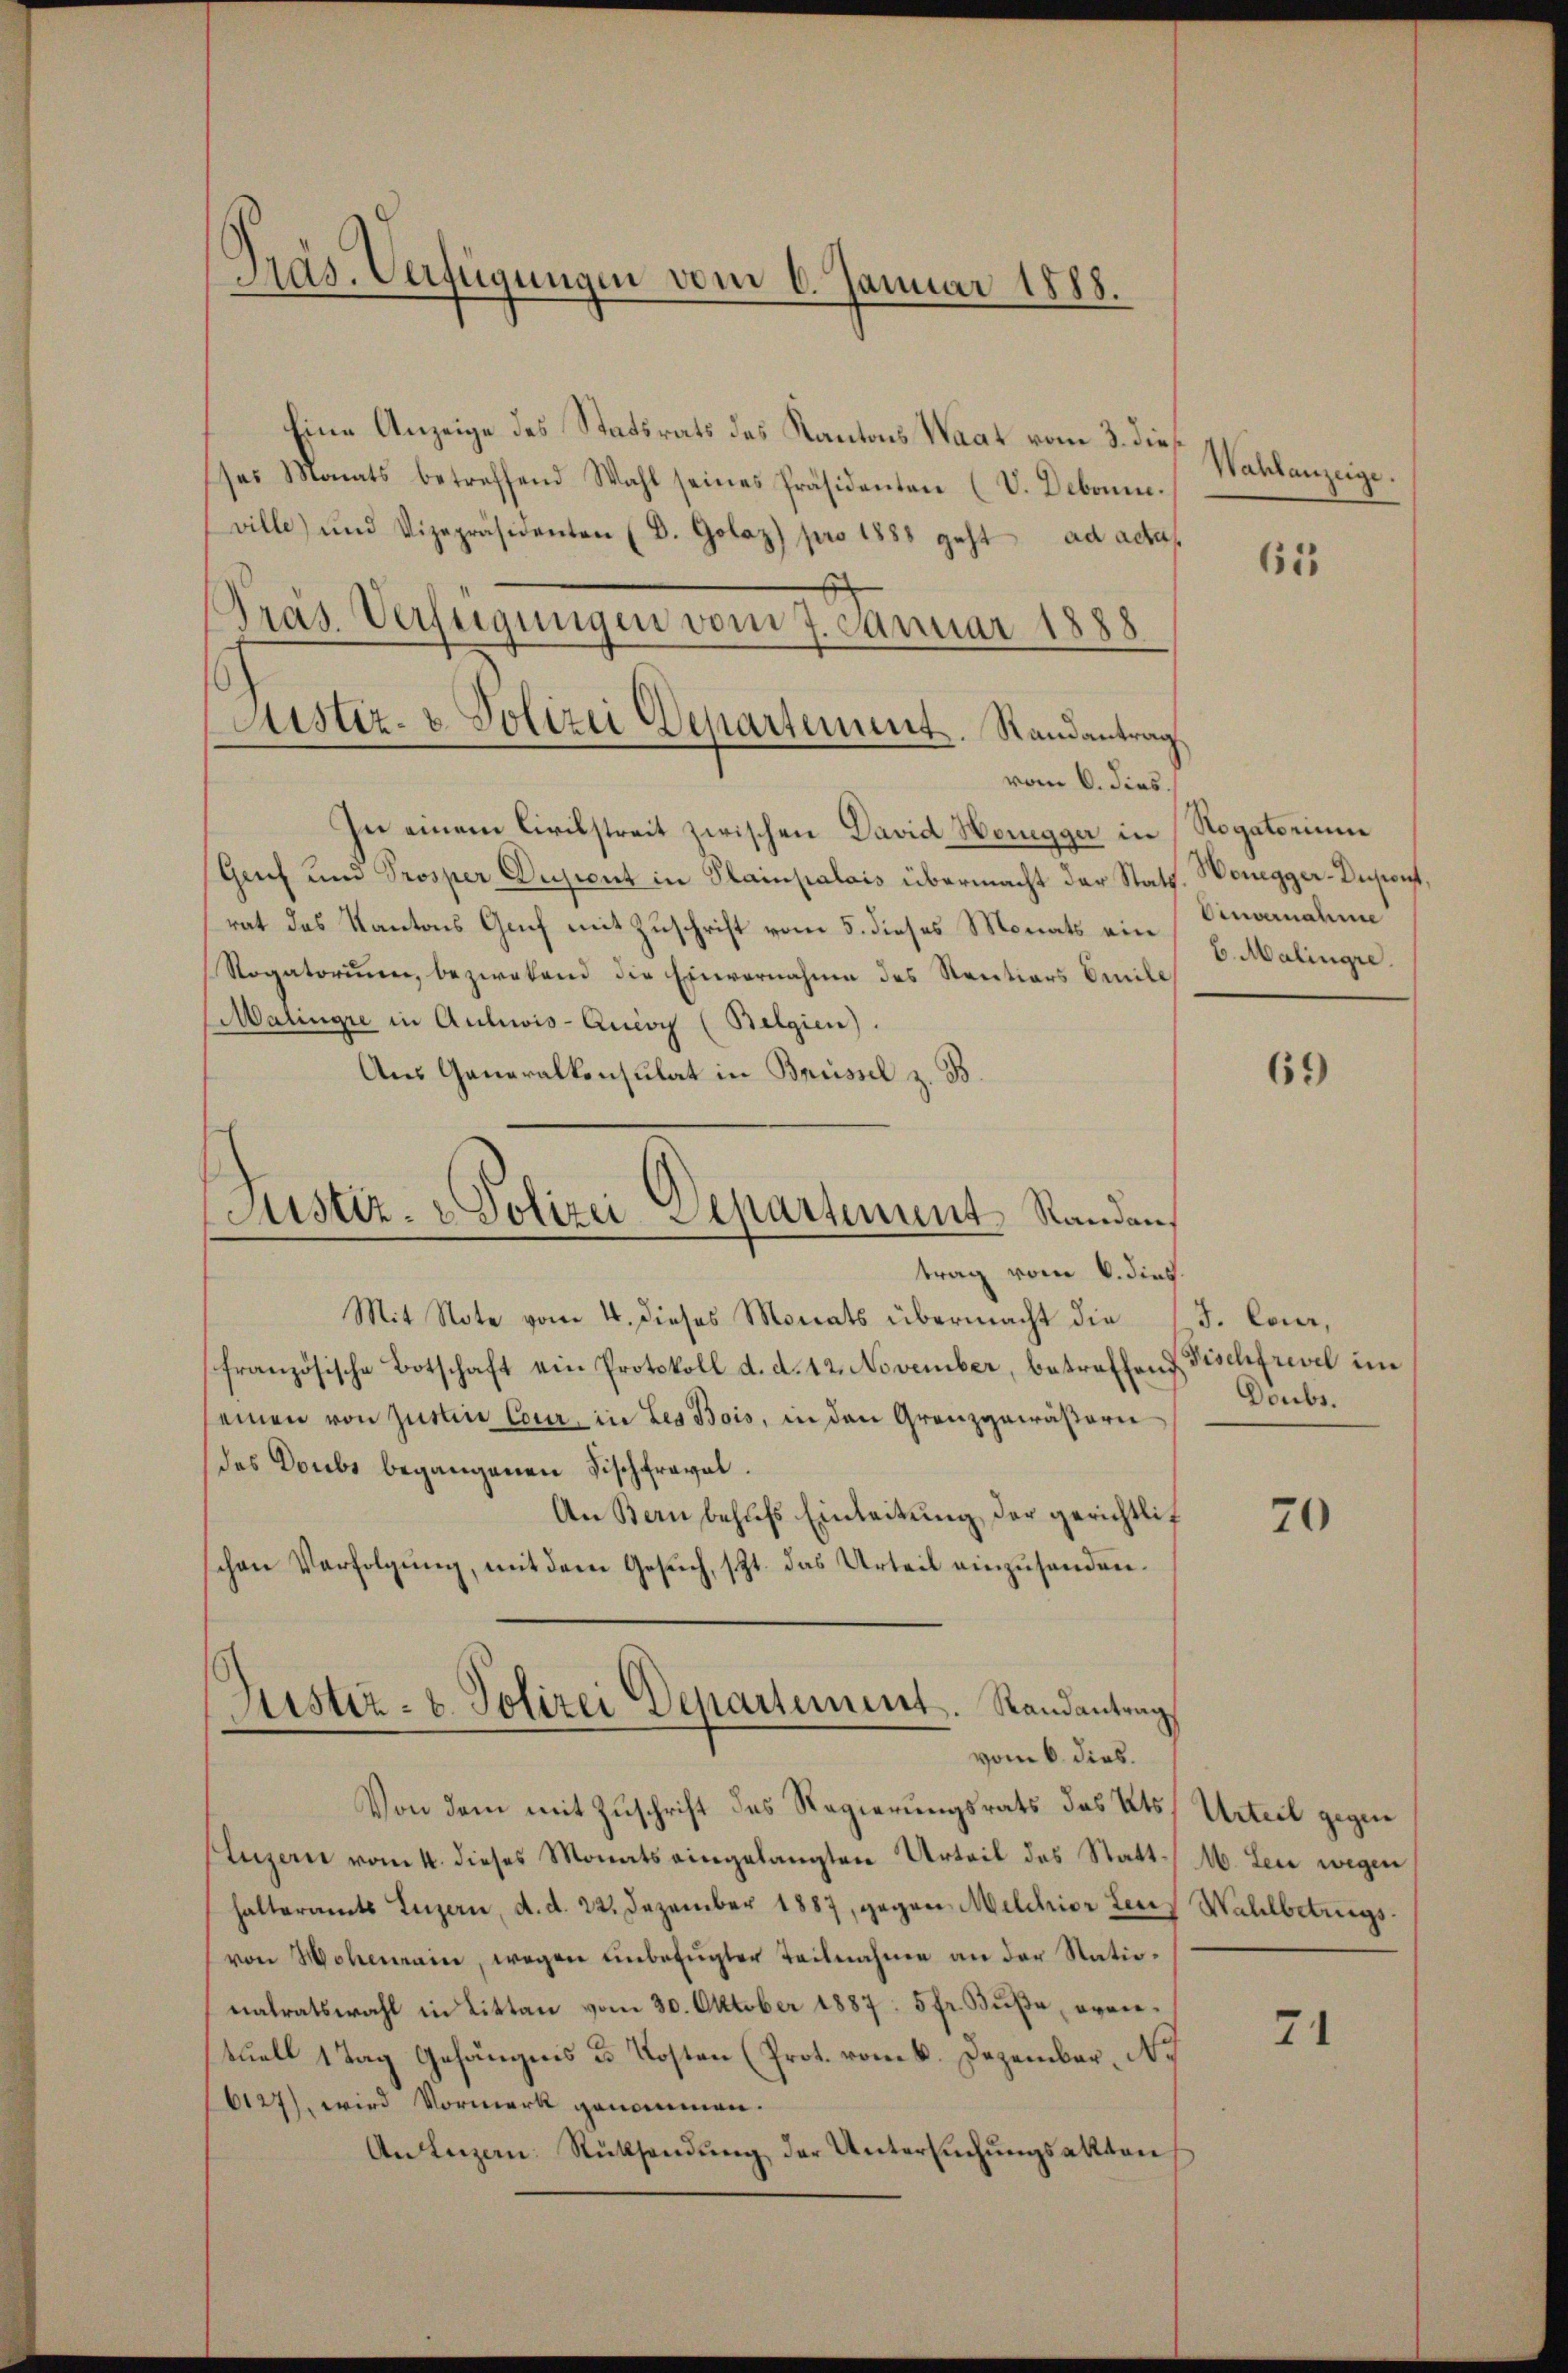
Präs. Verfügungen vom 6. Januar 1888.

Eine Anzeige des Statsrats des Kantons Waat vom 3. die
ses Monats betreffend Wahl seines Präsidenten (V. Debonne.
ville) und Vizepräsidenten (D. Golaz) pro 1888 geht ad acta
vom 6. dies.
In einem Civilstreit zwischen David Hengger in
Genf und Prosper Dusicut in Plainpalais übermacht der Statt
rat das Kantons Genf mit Zuschrift vom 5. dieses Monats ein
Rogatoriŭm bezwekend die Einvernahme des Rentions Emile
Malingie in Auliwis-Quioy (Belgien).
Aus Generalkonsulat in Brüssel z. B.
trag vom 6. dies
Mit Note vom 4. dieses Monats übermacht die
französische Botschaft ein Protokoll d. d. 12. November, betreffend Fischfrevel im
einen von justin Cour, in Les Bois, in den Granzgewäßern
des Doubs begangenen Fischfraval.
An Bern behufs Einleitung der gerichtlich
schen Verfolgung, mit dem Gesuch, szt. das Urteil einzuhanden.
Justiz- & Polizei Departement. Randantrag
vom 6. dies.
Von dem mit Zuschrift des Regierungsrats des Kts.
(Luzern vom 4. dieses Monats eingelangten Urteil des Statthalteramts Luzern, d. d. 22. Dezember 1887, gegen Milchior Leich Wahlbetrags-
von Hohenrain, wegen unbefugter Teilnahme an der Nationatratswahl in Litten vom 30. Oktober 1887. 5 fr. Bŭβe eventuell 1 Tag Gefängnis u. Kosten (Prot. vom 6. Dezember, N.
6127), wird Vormerk genommen.
An Luzern. Rücksendŭng der Untersŭchŭngsakten

Präs. Verfügungen vom 7. Januar 1888.
Justiz- u. Polizei Departement. Randantrag.

Justiz- & Polizei Separtement Randan¬

Wahlanzeige.

65

Rogatorium
Wonegger-Dusonst.
Einvernahme
6. Malingre

69

J. Cour,
Doubs.

70

Urteil gegen
46. Leu wegen

71